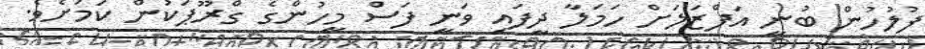
ފުލުހުން ބުނީ އަފްޒަލަށް ހަމަލާ ދީފައި ވަނީ ފަސް މީހުންގެ ގްރޫޕަކުން ކަމަށެވެ.